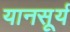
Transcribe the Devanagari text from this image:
यानसूर्य